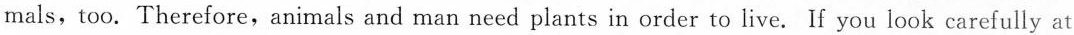
mals, too. Therefore,animals and man need plants in order to live. If you look carefully at